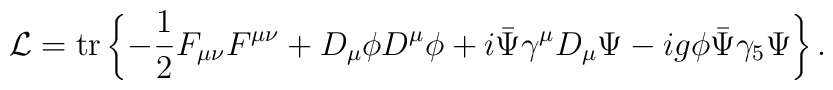
{\cal L} = {\rm tr} \left\{- \frac{1}{2} F_{\mu \nu} F^{\mu \nu}+ D_\mu \phi D^\mu \phi+ i \bar{\Psi} \gamma^\mu D_\mu \Psi- i g \phi \bar{\Psi} \gamma_5 \Psi \right\}.